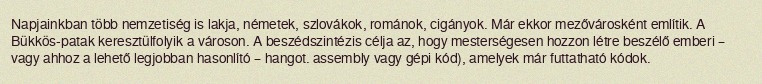
Napjainkban több nemzetiség is lakja, németek, szlovákok, románok, cigányok. Már ekkor mezővárosként említik. A Bükkös-patak keresztülfolyik a városon. A beszédszintézis célja az, hogy mesterségesen hozzon létre beszélő emberi – vagy ahhoz a lehető legjobban hasonlító – hangot. assembly vagy gépi kód), amelyek már futtatható kódok.